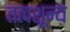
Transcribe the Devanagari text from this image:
तत्वशून्य